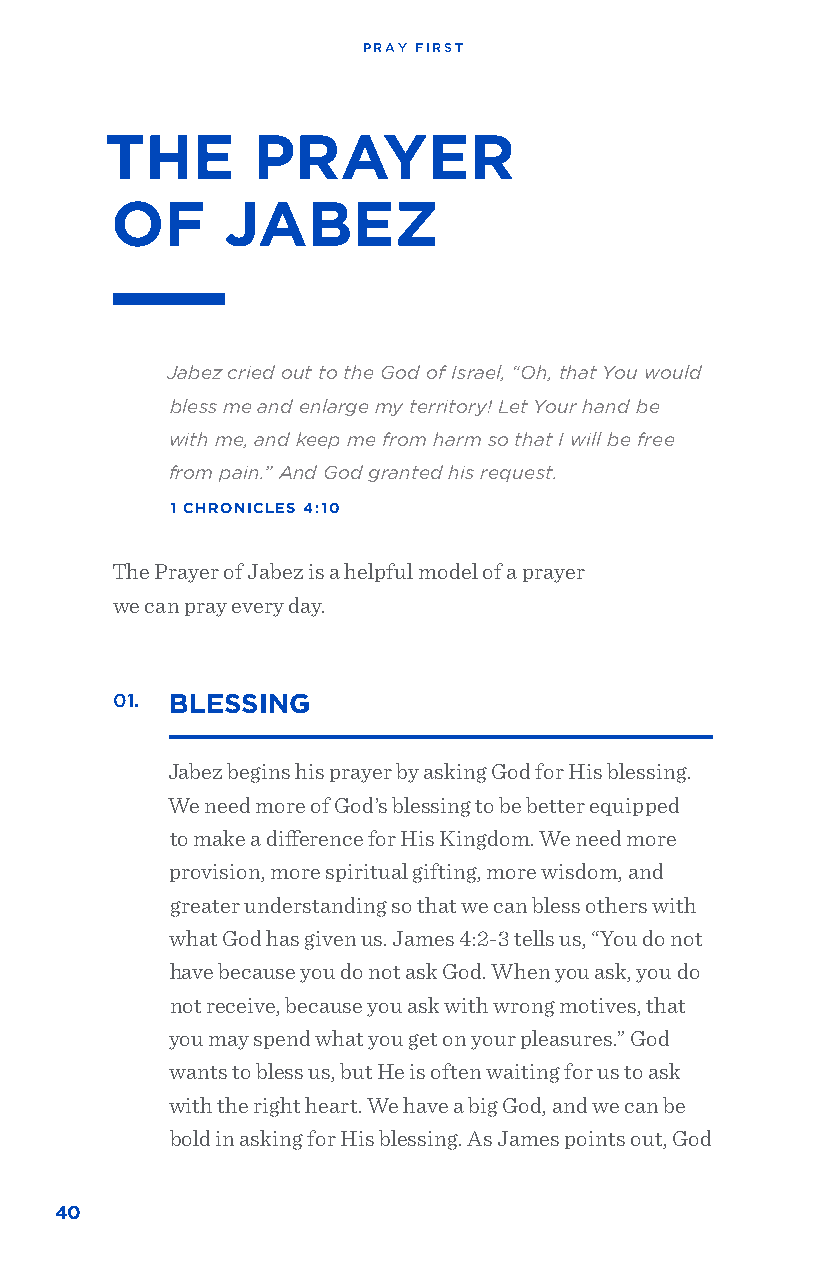
PRAY FIRST
 THE       PRAYER
 OF      JABEZ
 Jabez cried out to the God of Israel, “Oh, that You would
 bless me and enlarge my territory! Let Your hand be
 with me, and keep me from harm so that I will be free
 from pain.” And God granted his request.
 1 CHRONICLES 4:10
 The Prayer of Jabez is a helpful model of a prayer
 we can pray every day.
 01. BLESSING
 Jabez begins his prayer by asking God for His blessing.
 We need more of God’s blessing to be better equipped
 to make a difference for His Kingdom. We need more
 provision, more spiritual gifting, more wisdom, and
 greater understanding so that we can bless others with
 what God has given us. James 4:2-3 tells us, “You do not
 have because you do not ask God. When you ask, you do
 not receive, because you ask with wrong motives, that
 you may spend what you get on your pleasures.” God
 wants to bless us, but He is often waiting for us to ask
 with the right heart. We have a big God, and we can be
 bold in asking for His blessing. As James points out, God
 40